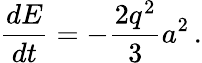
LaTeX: \frac{dE}{dt}=-\frac{2q^{2}}{3}a^{2}\, .